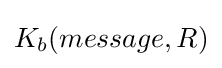
K_{b}(message,R)